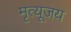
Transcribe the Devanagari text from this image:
मृत्यूजय